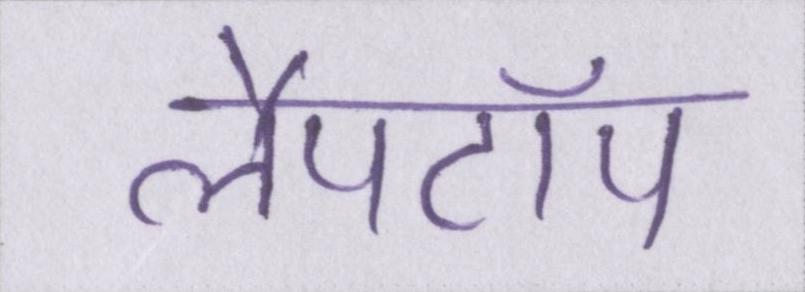
लैपटॉप